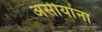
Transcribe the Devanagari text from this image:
असीयांना